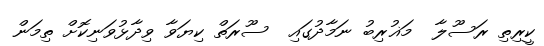
ކީރިތި ރަސޫލާ  މަޣުރިބު ނަމާދުގައި  ސޫރަތް ކިޔަވާ ވިދާޅުވަނިކޮށް ތިމަން